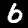
Label: 6